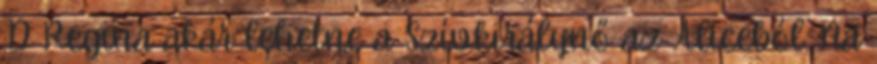
:D Regina akár lehetne a Szívkirálynő az Aliceból. Na